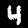
Label: 4